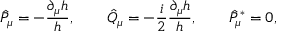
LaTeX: \hat { P } _ { \mu } = - { \frac { \partial _ { \mu } h } { h } } , \qquad \hat { Q } _ { \mu } = - { \frac { i } { 2 } } { \frac { \partial _ { \mu } h } { h } } , \qquad \hat { P } _ { \mu } ^ { * } = 0 ,